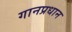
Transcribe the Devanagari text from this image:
गानप्रधान